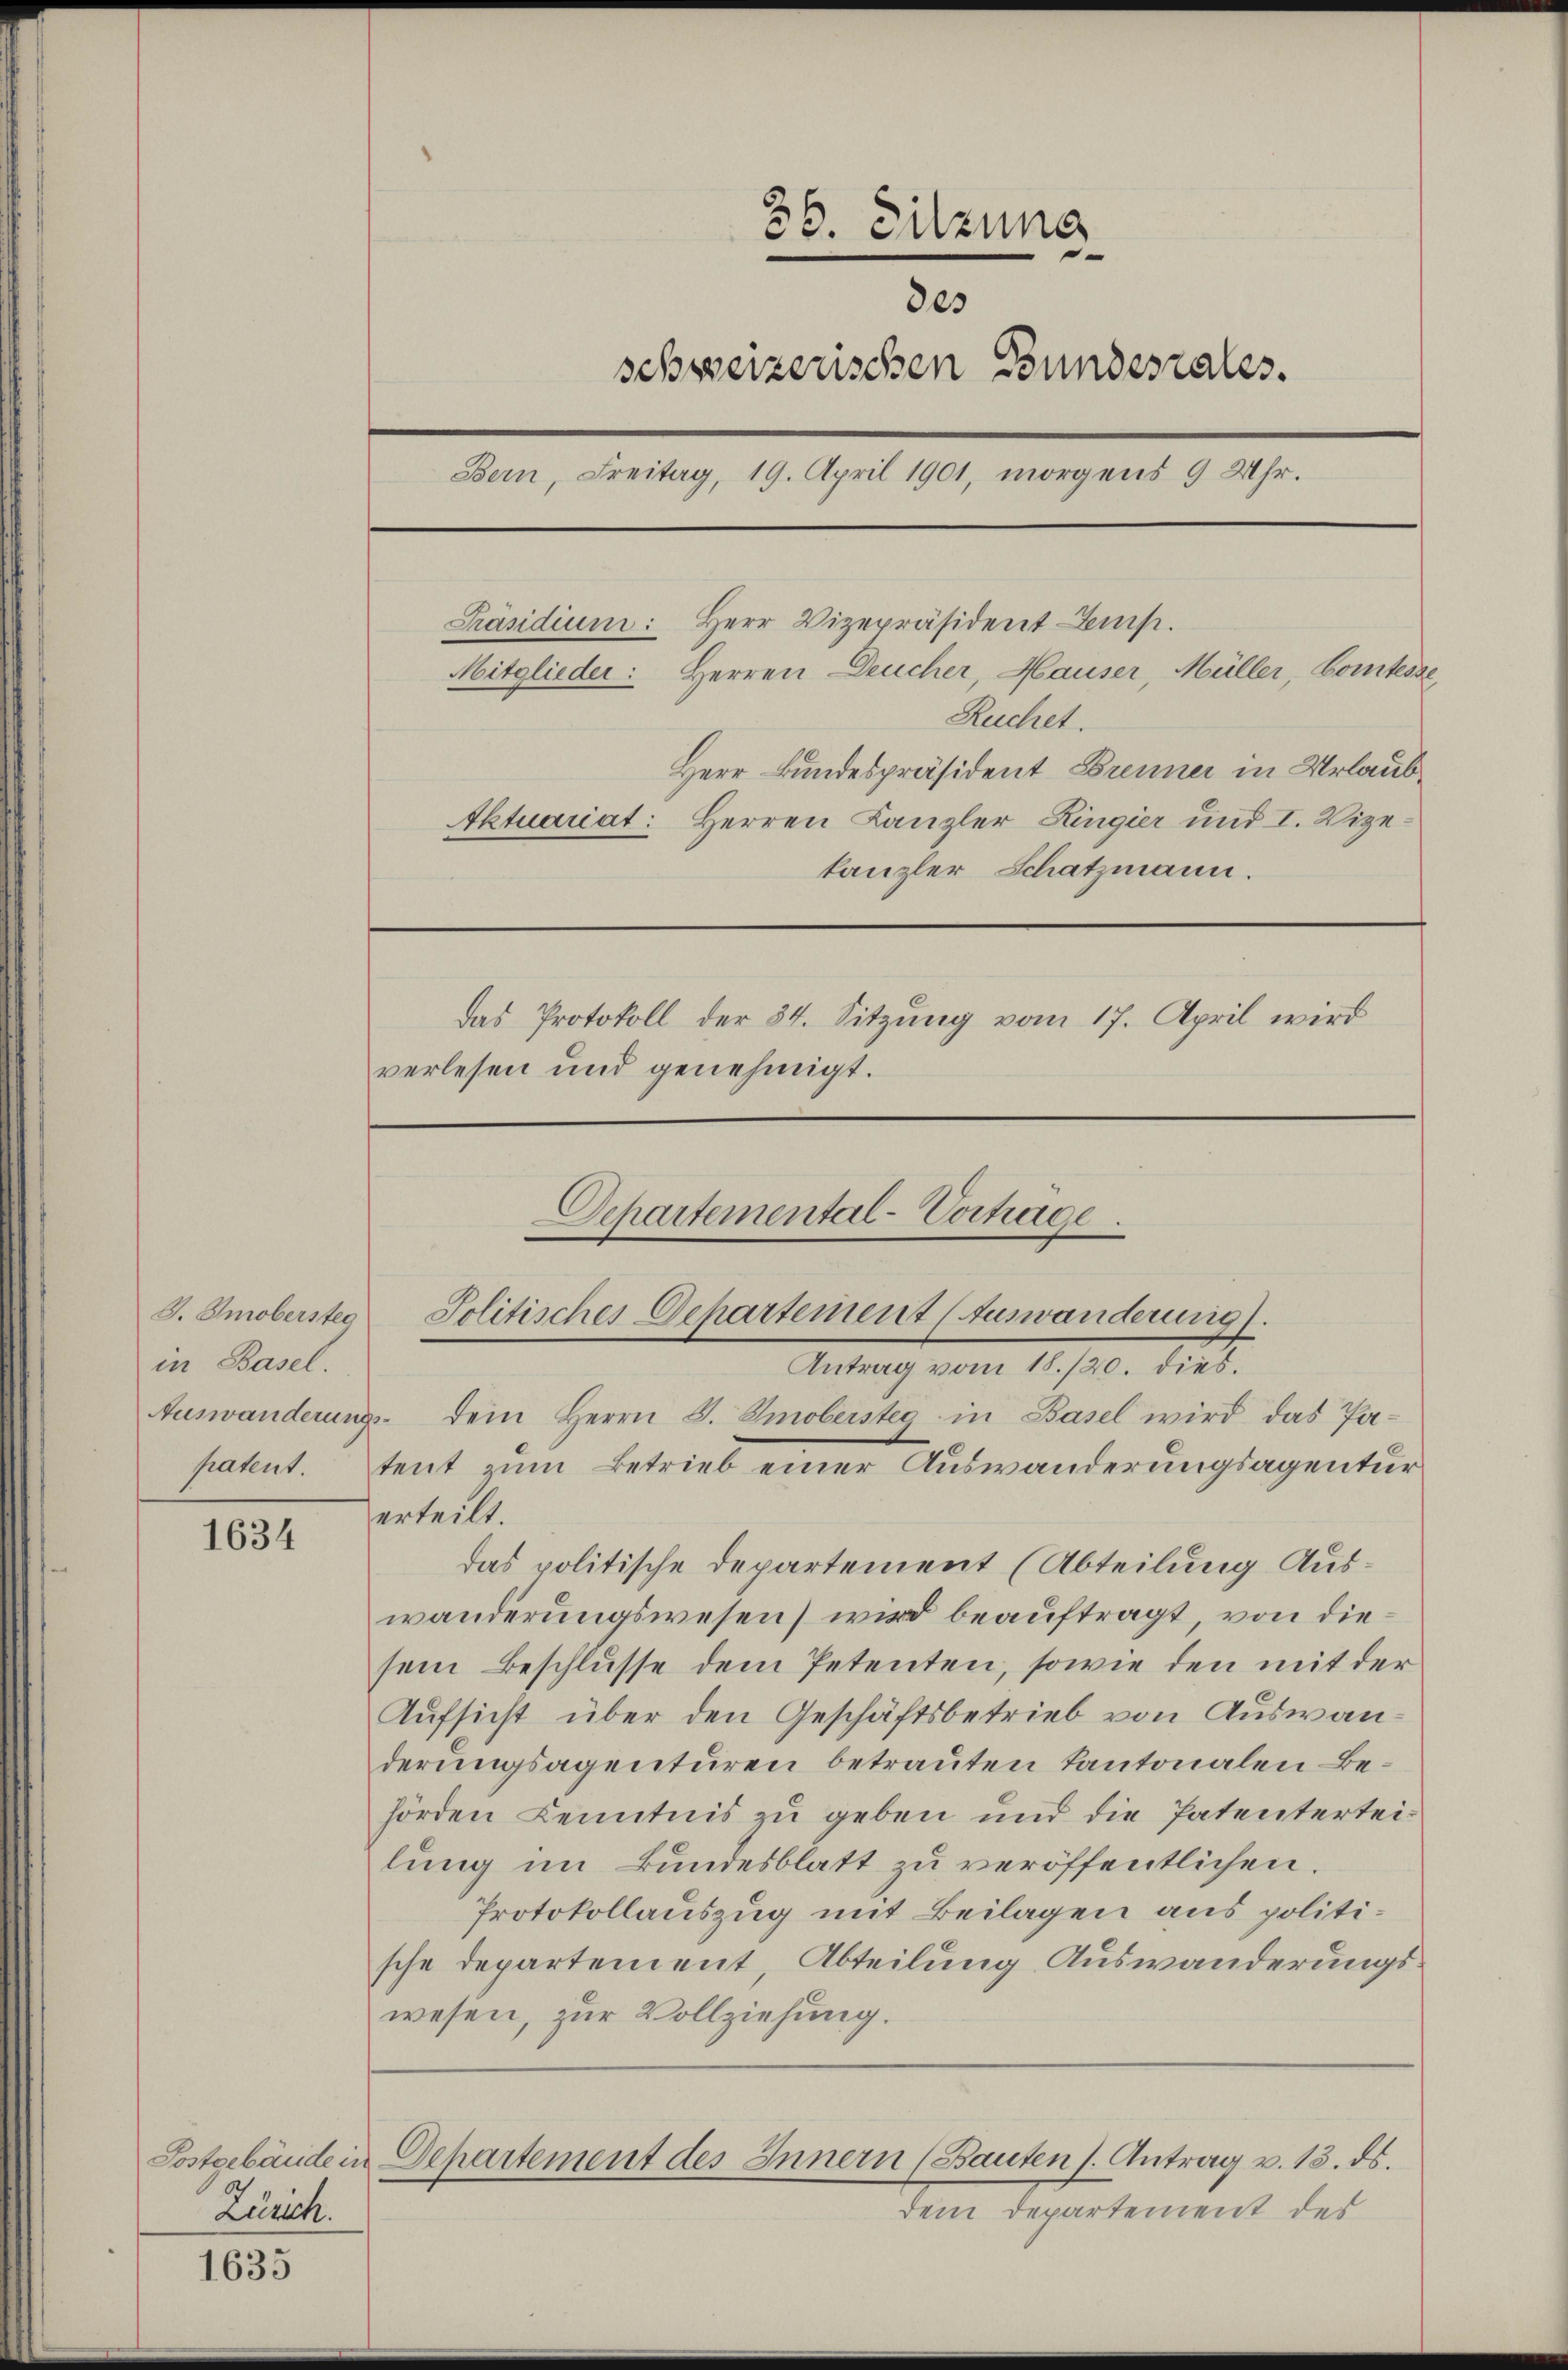
J. Smobersteg
in Basel.

1634

1635

36. Sitzung
.
des
schweizerischen Bundesrates.
Bern, Freitag, 19. April 1901, morgens 9 Uhr.
Herr Vizepräsident-Emp.
Präsidium:
Mitglieder: Herren Deucher, Hauser Müller, Comtesse,
Ruchet.
Herr Bundespräsident Brenner in Urlaub¬
Aktuariat: Herren Kanzler Ringier und I. Vizekanzler Schatzmann.
Das Protokoll der 34. Sitzung vom 17. April wird
verlesen und genehmigt.

Zürich.

erteilt.
das politische Departement (Abteilung Auswanderungswesen wird beauftragt, von diesem Beschlusse dem Petenten, sowie den mit der
Aufsicht über den Geschäftsbetrieb von Auswanderungsagenturen betrauten Kantonalen Behörden Kenntnis zu geben und die Patenterteilung im Bundesblatt zu veröffentlichen.
Protokollauszug mit Beilagen aus politische Departement, Abteilung, Auswanderungswesen, zur Vollziehung.

Schartemental-Vortrage.
Solitisches Departement (Auswanderung).
Antrag vom 18./20. dies
Auswanderungs- dem Herrn J. Smobersteg in Basel wird das Papatent. Teut zum Betrieb einer Auswanderungsagentur

Postgebäude in Departement des Innern (Bauten s. Antrag v. 13. ds.

dem Departement des